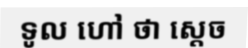
ទូល ហៅ ថា ស្តេច